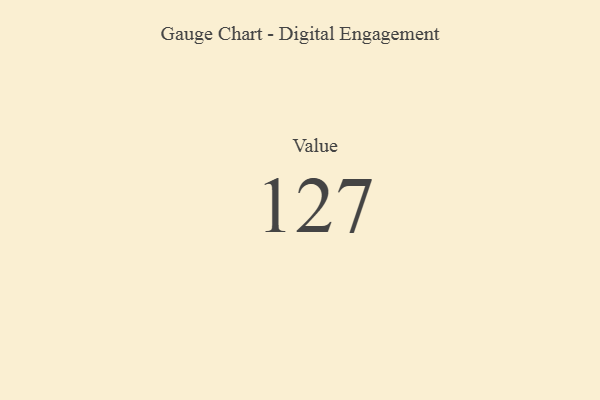
{"axis": {"x": "Metric", "y": "Value"}, "legend": [""], "data": [{"x": "Value", "y": 127, "type": ""}]}